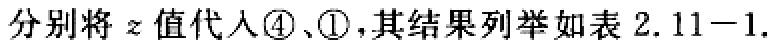
分别将 \(z\) 值代入 \(\textcircled{4}\)、\(\textcircled{1}\)，其结果列举如表 \(2.11 - 1\).